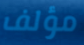
مؤلف